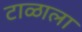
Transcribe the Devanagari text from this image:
टाळाला